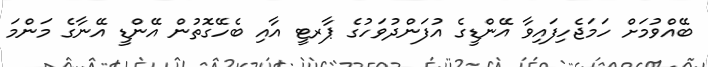
ބޭއްވުމަށް ހަމަޖެހިފައިވާ އޭންޑީގެ އުފަންދުވަހުގެ ޕާރޓީ އާއި ބެހޭގޮތުން އޭންޑީ އޭނާގެ މަންމަ